Annual report on the mental hospital in the Central Provinces and Berar (Nagpur) - 1927-1951
Year: 1927
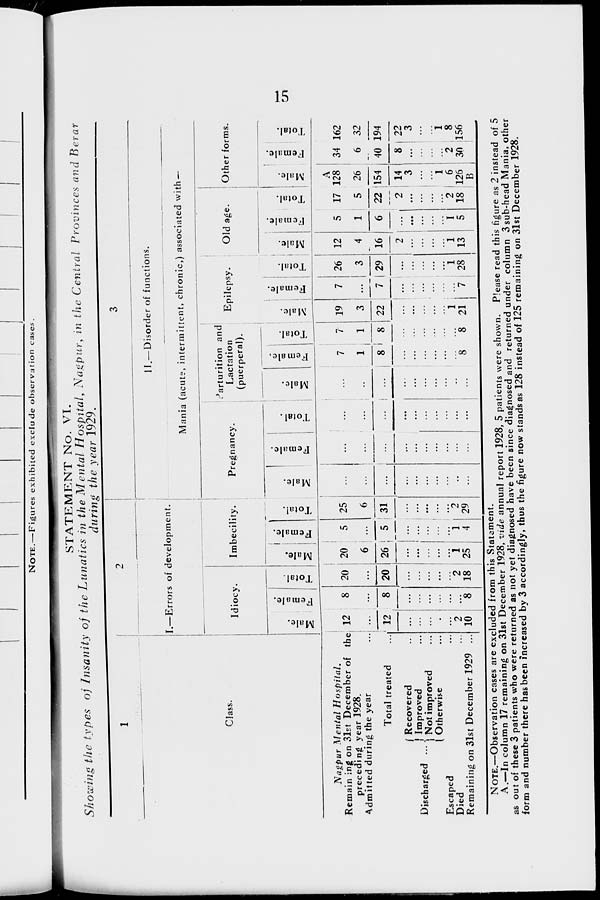
15
STATEMENT No. VI.
Showing the types of Insanity of the Lunatics in the Mental Hospital, Nagpur, in the Central Provinces and Berar
during the year 1929.
1
Class.
Nagpur Mental
Hospital.
Remaining on 31st December of the
preceding year 1928.
Admitted during the year ...
Total treated ...
Discharged ...
Recovered ...
Improved ...
Not improved ...
Otherwise ...
Escaped ...
Died ...
Remaining on 31st December 1929 ...
2
I.—Errors of development.
Idiocy.
Male.
12
...
12
...
...
...
...
...
2
10
Female.
8
...
8
...
...
...
...
...
...
8
Total.
20
...
20
...
...
...
...
...
2
18
Imbecility.
Male.
20
6
26
...
...
...
...
...
1
25
Female.
5
...
5
...
...
...
...
...
1
4
Total.
25
6
31
...
...
...
...
...
2
29
3
II.—Disorder of functions.
Mania (acute, intermittent, chronic,) associated with —
Pregnancy.
Male.
...
...
...
...
...
...
...
...
...
...
Female.
...
...
...
...
...
...
...
...
...
...
Total.
...
...
...
...
...
...
...
...
...
...
Parturition and
Lactation
(puerperal).
Male.
...
...
...
...
...
...
...
...
...
...
Female.
7
1
8
...
...
...
...
...
...
8
Total.
7
1
8
...
...
...
...
...
...
8
Epilepsy.
Male.
19
3
22
...
...
...
...
...
1
21
Female.
7
...
7
...
...
...
...
...
...
7
Total.
26
3
29
...
...
...
...
...
1
28
Old age.
Male.
12
4
16
2
...
...
...
...
1
13
Female.
5
1
6
...
...
...
...
...
1
5
Total.
17
5
22
2
...
...
...
...
2
18
Other forms.
Male.
A
128
26
154
14
3
...
...
1
6
126
B
Female.
34
6
40
8
...
...
...
...
2
30
Total.
162
32
194
22
3
...
...
1
8
156
NOTE.—Observation cases are excluded from this Statement.
A.—In column 17 remaining on 31st December 1928, vide annual report 1928, 5 patients were shown. Please read this figure as 2 instead of 5
as out of these 3 patients who were returned as not yet diagnosed have been since diagnosed and returned under column 3 sub-head Mania, other
form and number there has been increased by 3 accordingly, thus the figure now stands as 128 instead of 125 remaining on 31st December 1928.